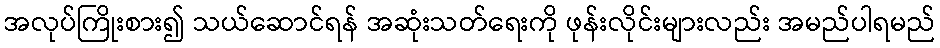
အလုပ်ကြိုးစား၍ သယ်ဆောင်ရန် အဆုံးသတ်ရေးကို ဖုန်းလိုင်းများလည်း အမည်ပါရမည်